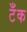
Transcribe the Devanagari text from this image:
टॅँक